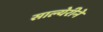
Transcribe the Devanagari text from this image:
साल्येरीने